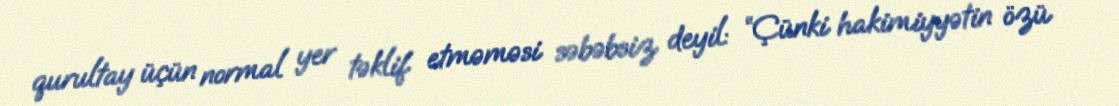
qurultay üçün normal yer təklif etməməsi səbəbsiz deyil: “Çünki hakimiyyətin özü